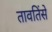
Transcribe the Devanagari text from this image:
तावतिंसे